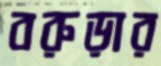
বরুড়ার